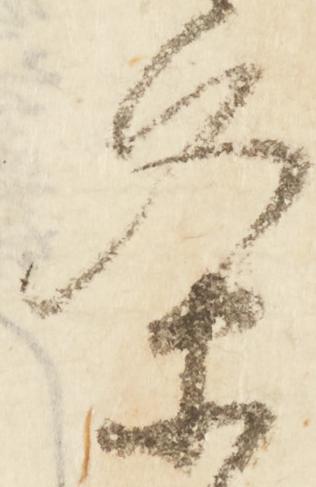
条